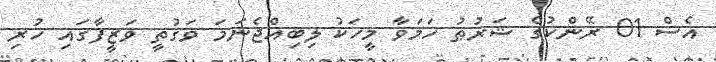
އެސް 01 ރޭންކުގެ ޝަރުޠު ހަމަވާ މީހަކު ލިބިއްޖެނަމަ ވަގުތީ ވަޒީފާގައި ހުރި